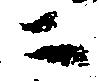
ニ